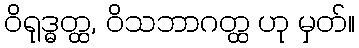
ဝိရုဒ္ဓတ္ထ, ဝိသဘာဂတ္ထ ဟု မှတ်။